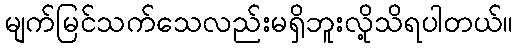
မျက်မြင်သက်သေလည်းမရှိဘူးလို့သိရပါတယ်။